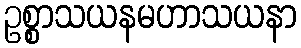
ဥစ္စာသယနမဟာသယနာ